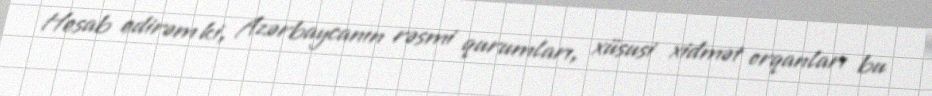
Hesab edirəm ki, Azərbaycanın rəsmi qurumları, xüsusi xidmət orqanları bu